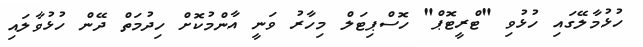
ހުޅުމާލޭގައި ހުޅުވި "ޓްރީޓޮޕް" ހޮސްޕިޓަލް މިހާރު ވަނީ އާންމުކޮށް ހިދުމަތް ދޭން ހުޅުވާލައި